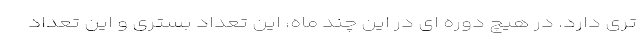
تری دارد. در هیچ دوره ای در این چند ماه، این تعداد بستری و این تعداد